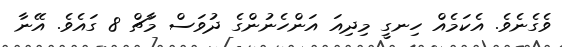
ވެގެނެވެ. އެކަމެއް ހިނގީ މިދިއަ އަންހެނުންގެ ދުވަސް މާޗް 8 ގައެވެ. އޭނާ